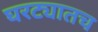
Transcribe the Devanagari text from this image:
घरट्यातच